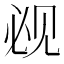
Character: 𰴕